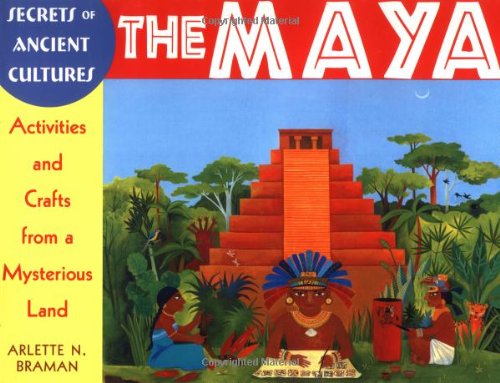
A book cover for The Maya: Activities and Crafts from a Mysterious Land (Secrets of Ancient Cultures); Arlette N. Braman; Children's Books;